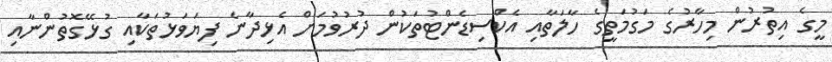
މީގެ އިތުރުން މިހާރުގެ މަގުމަތީގެ ހާލަތާއި އެކްސިޑެންޓުތަކުން ދުރުވުމަށް އެޅިދާނެ ފިޔަވަޅުތަކާއި ގުޅޭގޮތުންނާއި